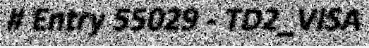
# Entry 55029 - TD2_VISA